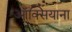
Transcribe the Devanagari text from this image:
ऑक्सियाना